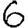
Digit: 6